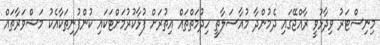
މިނިސްޓަރު ވިދާޅުވީ ރާއްޖޭގައި ދެމުންދާ މުއާސަލާތީ ހިދުމަތްތައް އިތުރަށް ފުޅާކުރުމަށްޓަކައި ކުންފުނިތަކާއެކު މަޝްވަރާތައް